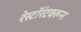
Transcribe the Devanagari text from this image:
रेस्टॉरंटवरून